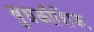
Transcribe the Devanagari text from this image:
बुधकौशिकः